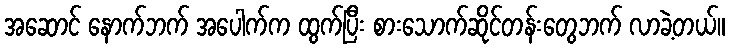
အဆောင် နောက်ဘက် အပေါက်က ထွက်ပြီး စားသောက်ဆိုင်တန်းတွေဘက် လာခဲ့တယ်။